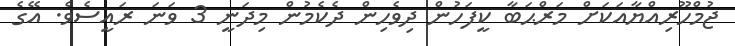
ޖުމްހޫރިއްޔާއަކަށް މަރްޙަބާ ކީފަހުން ދިވެހިން ދެކެމުން މިދަނީ 3 ވަނަ ރައީސެވެ. އޭގެ